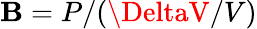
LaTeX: \mathbf{B}=P/(\DeltaV/V)